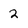
Character: 2